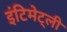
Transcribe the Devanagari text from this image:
इंटिमेट्ली